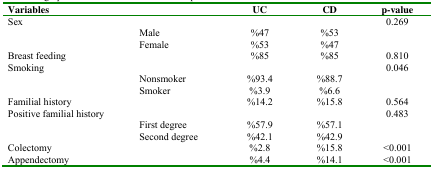
<table><thead><tr><td><b>Variables</b></td><td></td><td><b>UC</b></td><td><b>CD</b></td><td><b>p-value</b></td></tr></thead><tbody><tr><td>Sex</td><td></td><td></td><td></td><td>0.269</td></tr><tr><td></td><td>Male</td><td>%47</td><td>%53</td><td></td></tr><tr><td></td><td>Female</td><td>%53</td><td>%47</td><td></td></tr><tr><td>Breast feeding</td><td></td><td>%85</td><td>%85</td><td>0.810</td></tr><tr><td>Smoking</td><td></td><td></td><td></td><td>0.046</td></tr><tr><td></td><td>Nonsmoker</td><td>%93.4</td><td>%88.7</td><td></td></tr><tr><td></td><td>Smoker</td><td>%3.9</td><td>%6.6</td><td></td></tr><tr><td>Familial history</td><td></td><td>%14.2</td><td>%15.8</td><td>0.564</td></tr><tr><td>Positive familial history</td><td></td><td></td><td></td><td>0.483</td></tr><tr><td></td><td>First degree</td><td>%57.9</td><td>%57.1</td><td></td></tr><tr><td></td><td>Second degree</td><td>%42.1</td><td>%42.9</td><td></td></tr><tr><td>Colectomy</td><td></td><td>%2.8</td><td>%15.8</td><td>&lt;0.001</td></tr><tr><td>Appendectomy</td><td></td><td>%4.4</td><td>%14.1</td><td>&lt;0.001</td></tr></tbody></table>